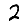
Digit: 2